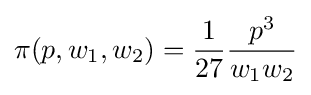
\pi (p,w_{1},w_{2})={\frac {1}{27}}{\frac {p^{3}}{w_{1}w_{2}}}